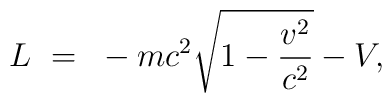
L~=~ -mc^2\sqrt{ 1 - {v^2\over{c^2}}} - V,